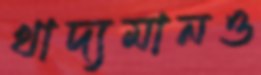
খাদ্যমানও